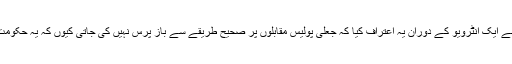
ایک بار ایک پولیس افسر نے ایک انٹرویو کے دوران یہ اعتراف کیا کہ جعلی پولیس مقابلوں پر صحیح طریقے سے باز پرس نہیں کی جاتی کیوں کہ یہ حکومت کی ایما پر ہی ہوتے ہیں۔